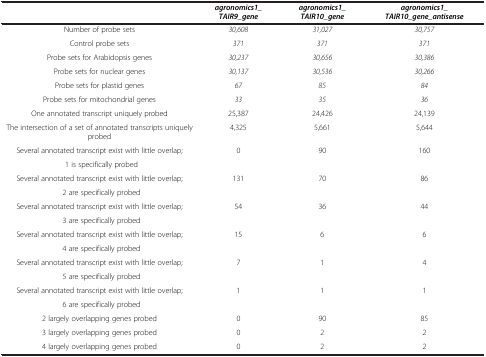
<table><thead><tr><td><b> </b></td><td><b><i>agronomics1_ TAIR9_gene</i></b></td><td><b><i>agronomics1_ TAIR10_gene</i></b></td><td><b><i>agronomics1_ TAIR10_gene_antisense</i></b></td></tr></thead><tbody><tr><td>Number of probe sets</td><td><i>30,608</i></td><td><i>31,027</i></td><td><i>30,757</i></td></tr><tr><td>Control probe sets</td><td><i>371</i></td><td><i>371</i></td><td><i>371</i></td></tr><tr><td>Probe sets for Arabidopsis genes</td><td><i>30,237</i></td><td><i>30,656</i></td><td><i>30,386</i></td></tr><tr><td>Probe sets for nuclear genes</td><td><i>30,137</i></td><td><i>30,536</i></td><td><i>30,266</i></td></tr><tr><td>Probe sets for plastid genes</td><td><i>67</i></td><td><i>85</i></td><td><i>84</i></td></tr><tr><td>Probe sets for mitochondrial genes</td><td><i>33</i></td><td><i>35</i></td><td><i>36</i></td></tr><tr><td>One annotated transcript uniquely probed</td><td>25,387</td><td>24,426</td><td>24,139</td></tr><tr><td>The intersection of a set of annotated transcripts uniquely probed</td><td>4,325</td><td>5,661</td><td>5,644</td></tr><tr><td>Several annotated transcript exist with little overlap;</td><td>0</td><td>90</td><td>160</td></tr><tr><td> 1 is specifically probed</td><td> </td><td> </td><td> </td></tr><tr><td>Several annotated transcript exist with little overlap;</td><td>131</td><td>70</td><td>86</td></tr><tr><td> 2 are specifically probed</td><td> </td><td> </td><td> </td></tr><tr><td>Several annotated transcript exist with little overlap;</td><td>54</td><td>36</td><td>44</td></tr><tr><td> 3 are specifically probed</td><td> </td><td> </td><td> </td></tr><tr><td>Several annotated transcript exist with little overlap;</td><td>15</td><td>6</td><td>6</td></tr><tr><td> 4 are specifically probed</td><td> </td><td> </td><td> </td></tr><tr><td>Several annotated transcript exist with little overlap;</td><td>7</td><td>1</td><td>4</td></tr><tr><td> 5 are specifically probed</td><td> </td><td> </td><td> </td></tr><tr><td>Several annotated transcript exist with little overlap;</td><td>1</td><td>1</td><td>1</td></tr><tr><td> 6 are specifically probed</td><td> </td><td> </td><td> </td></tr><tr><td>2 largely overlapping genes probed</td><td>0</td><td>90</td><td>85</td></tr><tr><td>3 largely overlapping genes probed</td><td>0</td><td>2</td><td>2</td></tr><tr><td>4 largely overlapping genes probed</td><td>0</td><td>2</td><td>2</td></tr></tbody></table>